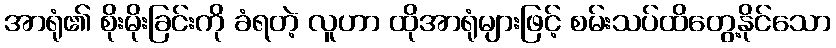
အာရုံ၏ စိုးမိုးခြင်းကို ခံရတဲ့ လူဟာ ထိုအာရုံများဖြင့် စမ်းသပ်ထိတွေ့နိုင်သော